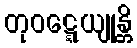
တုဝဋ္ဋေယျုန္တိ